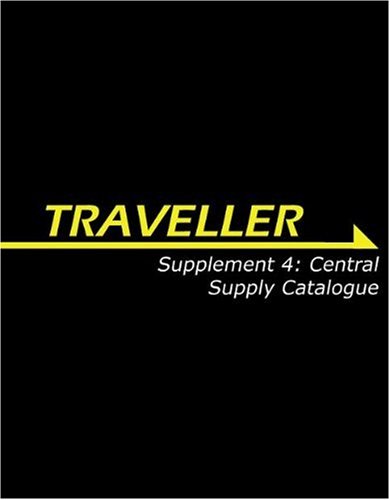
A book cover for Traveller Supplement 4: Central Supply Catalogue (Traveller Sci-Fi Roleplaying); Martin J. Dougherty; Science Fiction & Fantasy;